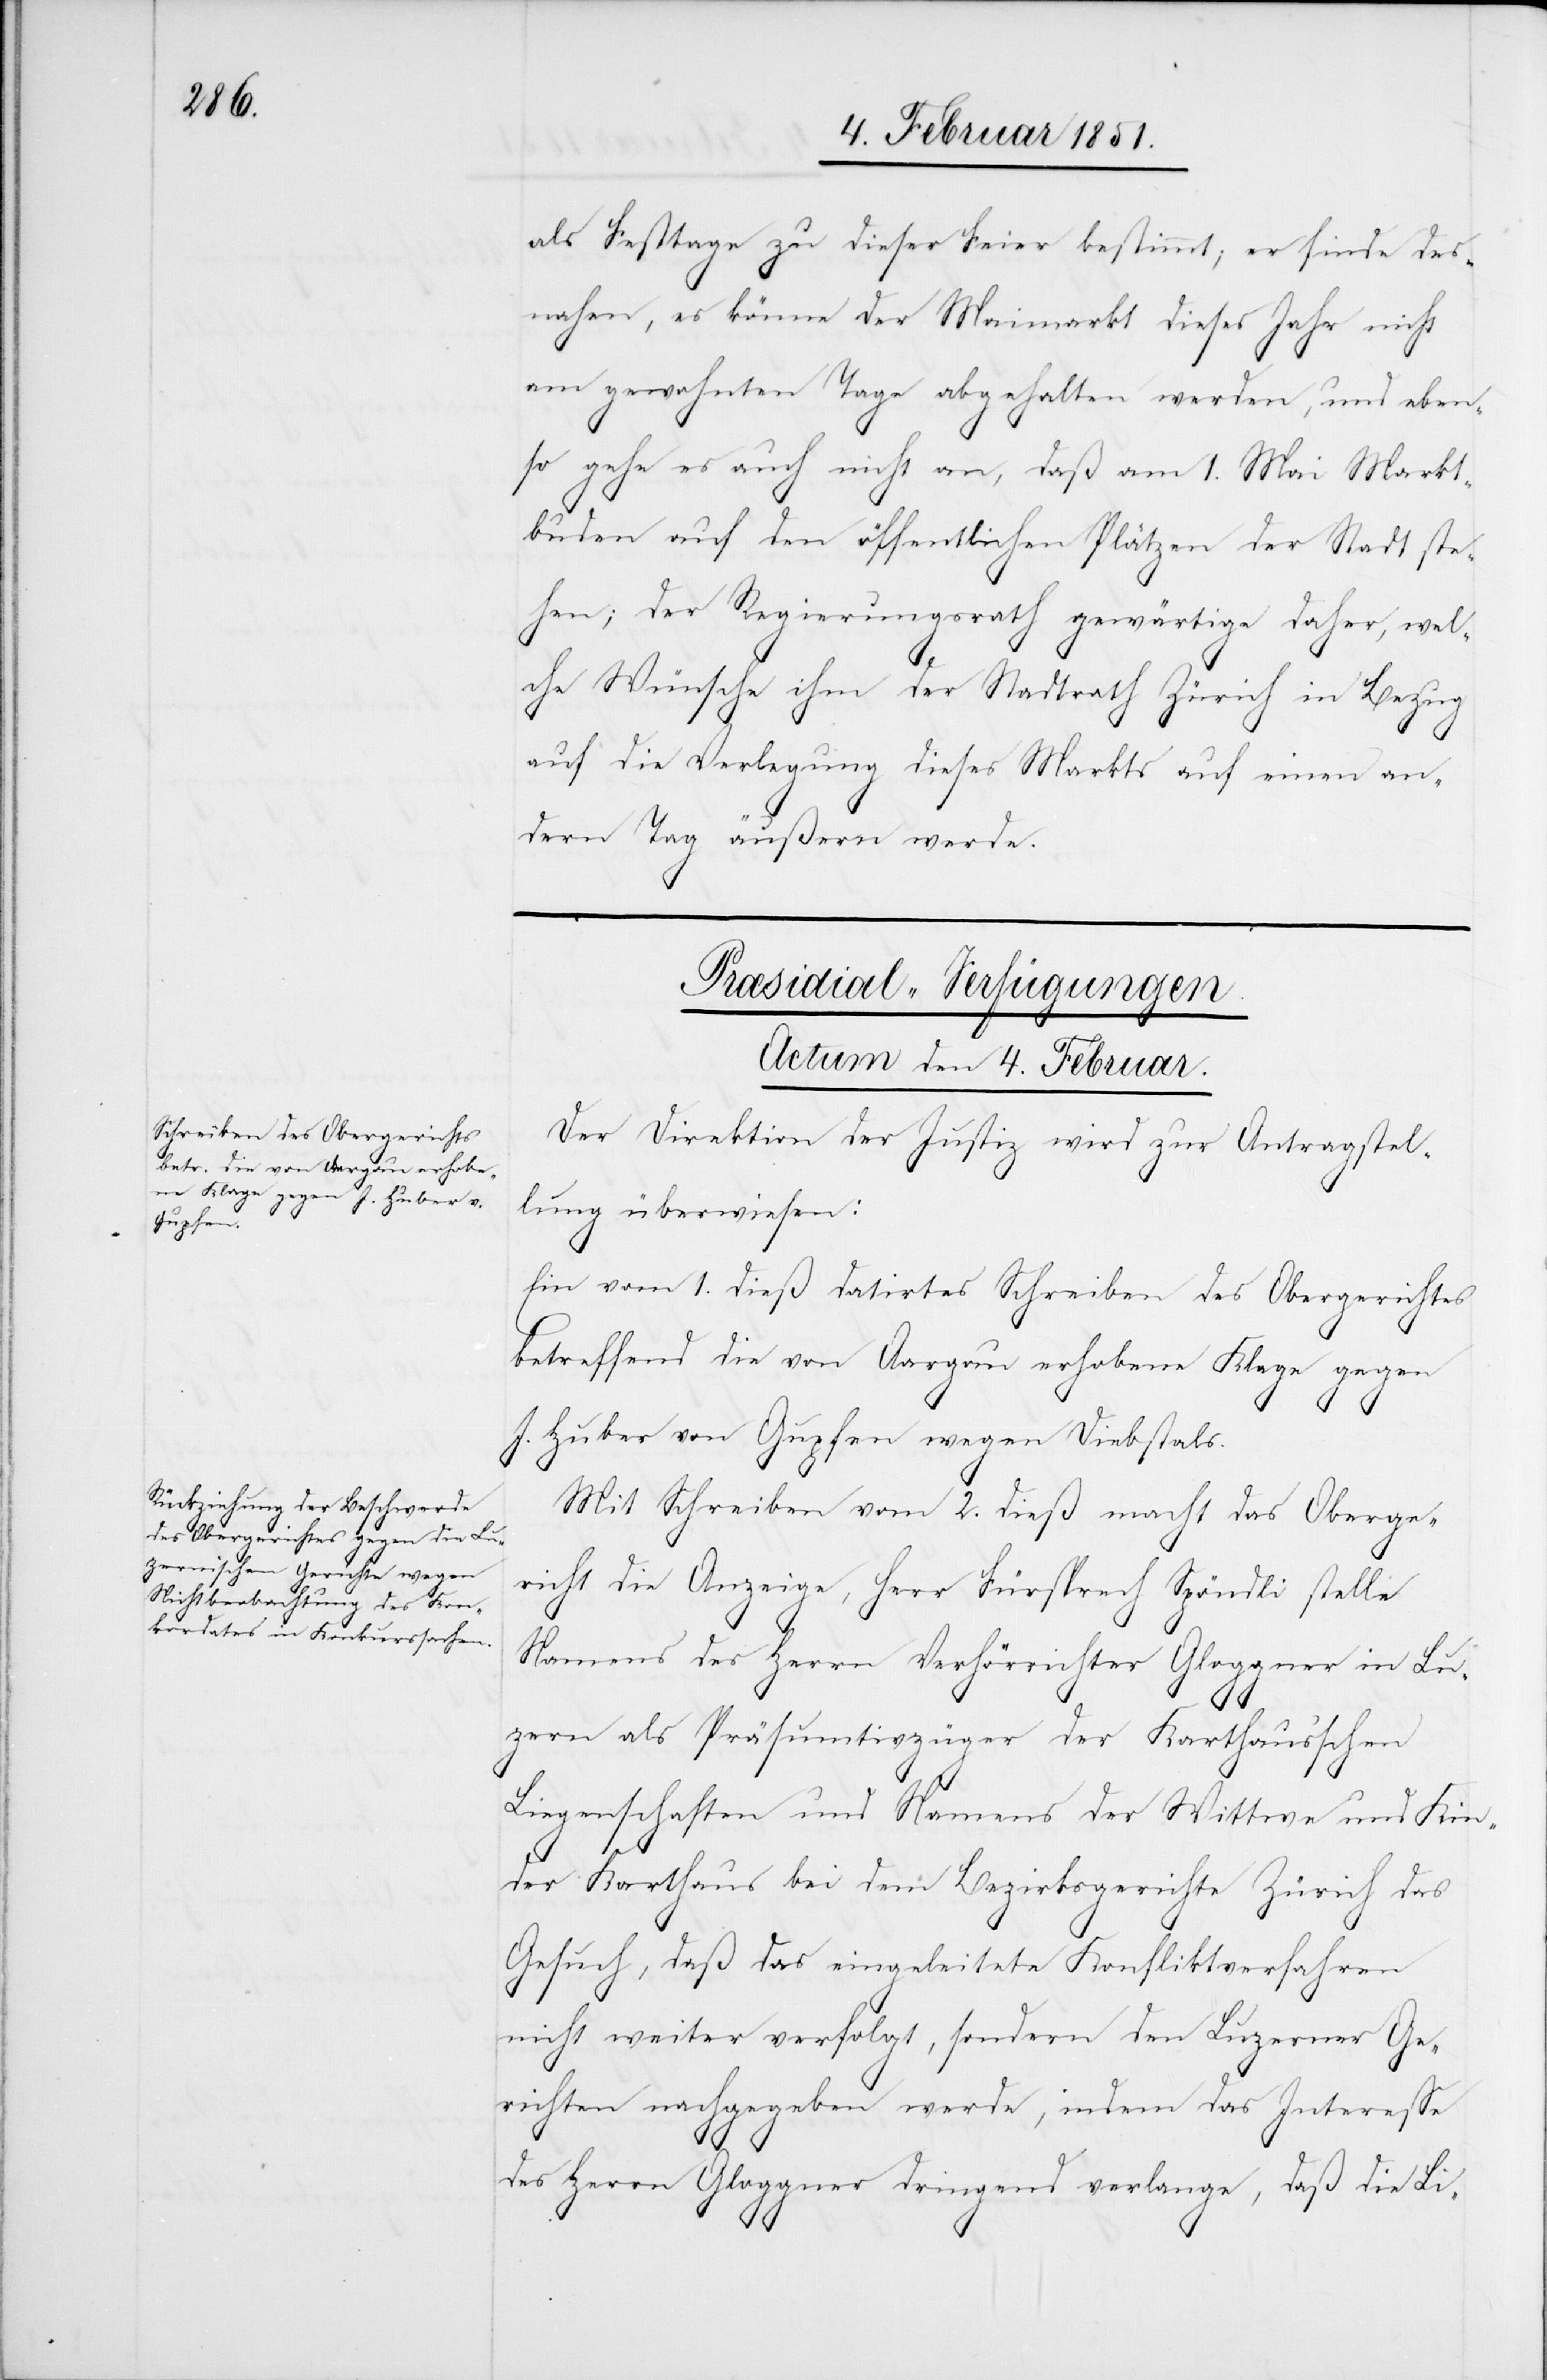
als Festtage zu dieser Feier bestimmt; er finde des¬
nahen, es könne der Maimarkt dieses Jahr nicht
am gewohnten Tage abgehalten werden, und eben¬
so gehe es auch nicht an, daß am 1. Mai Markt¬
buden auf den öffentlichen Plätzen der Stadt ste¬
hen; der Regierungsrath gewärtige daher, wel¬
che Wünsche ihm der Stadtrath Zürich in Bezug
auf die Verlegung dieses Markts auf einen an¬
dern Tag äußern werde.
[Præsidial-Verfügungen.
Actum den 4. Februar.]
Der Direktion der Justiz wird zur Antragstel¬
lung überwiesen:
Ein vom 1. dieß datirtes Schreiben des Obergerichtes
betreffend die von Aargau erhobene Klage gegen
J. Huber von Gupfen wegen Diebstals.
Mit Schreiben vom 2. dieß macht das Oberge¬
richt die Anzeige, Herr Fürsprech Spöndli stelle
Namens des Herrn Verhörrichter Gloggner in Lu¬
zern als Präsumtivzüger der Karthaus’schen
Liegenschaften und Namens der Wittwe und Kin¬
der Karthaus bei dem Bezirksgerichte Zürich das
Gesuch, daß das eingeleitete Konfliktverfahren
nicht weiter verfolgt, sondern den Luzerner Ge¬
richten nachgegeben werde, indem das Interesse
des Herrn Gloggner dringend verlange, daß die Li-